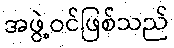
အဖွဲ့ဝင်ဖြစ်သည်